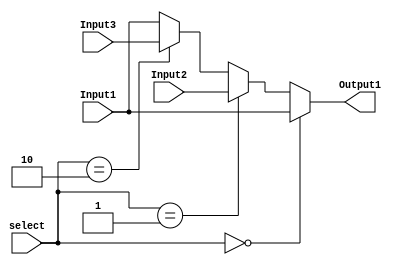
module Mux_3to1(Input1, Input2, Input3, Output1, select);
	input[31:0] Input1, Input2, Input3;
	input[1:0] select;
	output[31:0] Output1;
	assign Output1 = (select==2'b00) ? Input1
					:(select==2'b01) ? Input2
					:(select==2'b10) ? Input3 : Input1;
endmodule